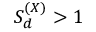
{ \cal S } _ { d } ^ { ( X ) } > 1